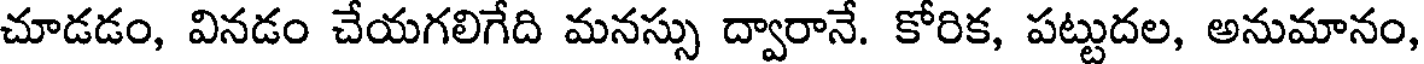
చూడడం, వినడం చేయగలిగేది మనస్సు ద్వారానే. కోరిక, పట్టుదల, అనుమానం,